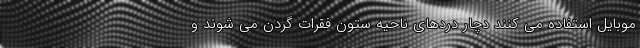
موبایل استفاده می کنند دچار دردهای ناحیه ستون فقرات گردن می شوند و